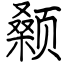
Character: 颡